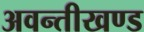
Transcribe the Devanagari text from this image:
अवन्तीखण्ड